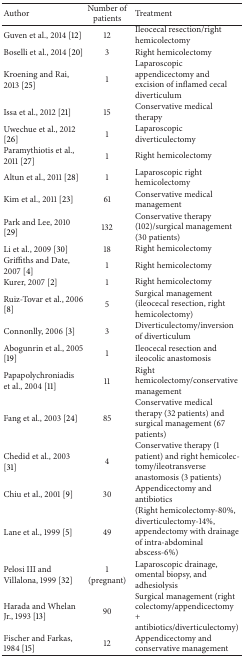
<table><thead><tr><td><b>Author</b></td><td><b>Number of patients</b></td><td><b>Treatment</b></td></tr></thead><tbody><tr><td>Guven et al., 2014 [12]</td><td>12</td><td>Ileocecal resection/right hemicolectomy</td></tr><tr><td>Boselli et al., 2014 [20]</td><td>3</td><td>Right hemicolectomy</td></tr><tr><td>Kroening and Rai, 2013 [25]</td><td>1</td><td>Laparoscopic appendicectomy and excision of inflamed cecal diverticulum</td></tr><tr><td>Issa et al., 2012 [21]</td><td>15</td><td>Conservative medical therapy</td></tr><tr><td>Uwechue et al., 2012 [26]</td><td>1</td><td>Laparoscopic diverticulectomy</td></tr><tr><td>Paramythiotis et al., 2011 [27]</td><td>1</td><td>Right hemicolectomy</td></tr><tr><td>Altun et al., 2011 [28]</td><td>1</td><td>Laparoscopic right hemicolectomy</td></tr><tr><td>Kim et al., 2011 [23]</td><td>61</td><td>Conservative medical management</td></tr><tr><td>Park and Lee, 2010 [29]</td><td>132</td><td>Conservative therapy (102)/surgical management (30 patients)</td></tr><tr><td>Li et al., 2009 [30]</td><td>18</td><td>Right hemicolectomy</td></tr><tr><td>Griffiths and Date, 2007 [4]</td><td>1</td><td>Right hemicolectomy</td></tr><tr><td>Kurer, 2007 [2]</td><td>1</td><td>Right hemicolectomy</td></tr><tr><td>Ruiz-Tovar et al., 2006 [8]</td><td>5</td><td>Surgical management (ileocecal resection, right hemicolectomy)</td></tr><tr><td>Connonlly, 2006 [3]</td><td>3</td><td>Diverticulectomy/inversion of diverticulum</td></tr><tr><td>Abogunrin et al., 2005 [19]</td><td>1</td><td>Ileocecal resection and ileocolic anastomosis</td></tr><tr><td>Papapolychroniadis et al., 2004 [11]</td><td>11</td><td>Right hemicolectomy/conservative management </td></tr><tr><td>Fang et al., 2003 [24]</td><td>85</td><td>Conservative medical therapy (32 patients) and surgical management (67 patients)</td></tr><tr><td>Chedid et al., 2003 [31]</td><td>4</td><td>Conservative therapy (1 patient) and right hemicolectomy/ileotransverse anastomosis (3 patients)</td></tr><tr><td>Chiu et al., 2001 [9]</td><td>30</td><td>Appendicectomy and antibiotics</td></tr><tr><td>Lane et al., 1999 [5]</td><td>49</td><td>(Right hemicolectomy-80%, diverticulectomy-14%, appendectomy with drainage of intra-abdominal abscess-6%)</td></tr><tr><td>Pelosi III and Villalona, 1999 [32]</td><td>1 (pregnant)</td><td>Laparoscopic drainage, omental biopsy, and adhesiolysis</td></tr><tr><td>Harada and Whelan Jr., 1993 [13]</td><td>90</td><td>Surgical management (right colectomy/appendicectomy + antibiotics/diverticulectomy)</td></tr><tr><td>Fischer and Farkas, 1984 [15]</td><td>12</td><td>Appendicectomy and conservative management</td></tr></tbody></table>